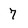
Character: 7